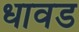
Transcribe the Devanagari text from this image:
धावड